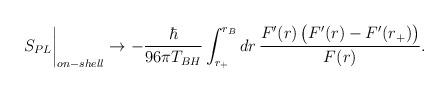
LaTeX: \begin{align*}S_{PL}\biggr\vert_{on-shell} \rightarrow -\frac{\hbar}{96\pi T_{BH}}\int_{r_{+}}^{r_B} dr\, \frac{F'(r)\,\bigl(F'(r)-F'(r_{+})\bigl)}{F(r)}.\end{align*}